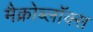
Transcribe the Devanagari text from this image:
मैक्रोब्लॉक्स